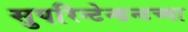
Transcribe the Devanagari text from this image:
सुपरिन्टेन्डन्टच्या